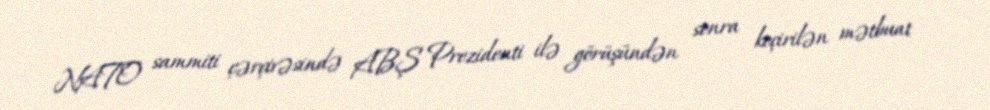
NATO sammiti çərçivəsində ABŞ Prezidenti ilə görüşündən sonra keçirilən mətbuat